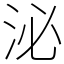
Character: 泌